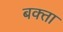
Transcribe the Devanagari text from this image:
बक्‍ता